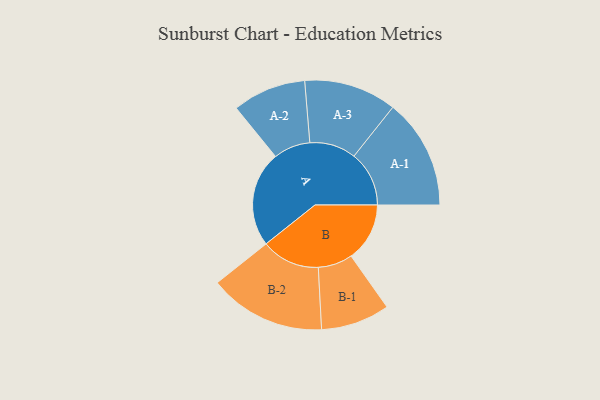
{"axis": {"x": "Segment", "y": "Value"}, "legend": ["", "A", "B"], "data": [{"x": "A", "y": 491, "type": ""}, {"x": "B", "y": 301, "type": ""}, {"x": "A-1", "y": 283, "type": "A"}, {"x": "A-2", "y": 189, "type": "A"}, {"x": "A-3", "y": 238, "type": "A"}, {"x": "B-1", "y": 177, "type": "B"}, {"x": "B-2", "y": 300, "type": "B"}]}